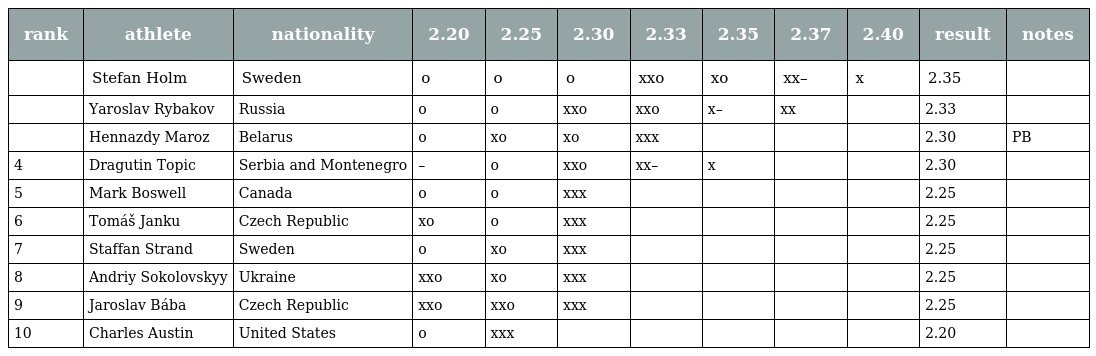
| rank | athlete | nationality | 2.20 | 2.25 | 2.30 | 2.33 | 2.35 | 2.37 | 2.40 | result | notes |
 | --- | --- | --- | --- | --- | --- | --- | --- | --- | --- | --- | --- |
 |  | Stefan Holm | Sweden | o | o | o | xxo | xo | xx– | x | 2.35 |  |
 |  | Yaroslav Rybakov | Russia | o | o | xxo | xxo | x– | xx |  | 2.33 |  |
 |  | Hennazdy Maroz | Belarus | o | xo | xo | xxx |  |  |  | 2.30 | PB |
 | 4 | Dragutin Topic | Serbia and Montenegro | – | o | xxo | xx– | x |  |  | 2.30 |  |
 | 5 | Mark Boswell | Canada | o | o | xxx |  |  |  |  | 2.25 |  |
 | 6 | Tomáš Janku | Czech Republic | xo | o | xxx |  |  |  |  | 2.25 |  |
 | 7 | Staffan Strand | Sweden | o | xo | xxx |  |  |  |  | 2.25 |  |
 | 8 | Andriy Sokolovskyy | Ukraine | xxo | xo | xxx |  |  |  |  | 2.25 |  |
 | 9 | Jaroslav Bába | Czech Republic | xxo | xxo | xxx |  |  |  |  | 2.25 |  |
 | 10 | Charles Austin | United States | o | xxx |  |  |  |  |  | 2.20 |  |